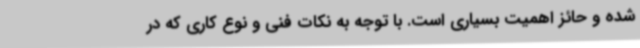
شده و حائز اهمیت بسیاری است. با توجه به نکات فنی و نوع کاری که در